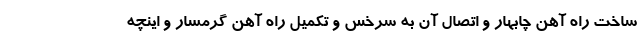
ساخت راه آهن چابهار و اتصال آن به سرخس و تکمیل راه آهن گرمسار و اینچه